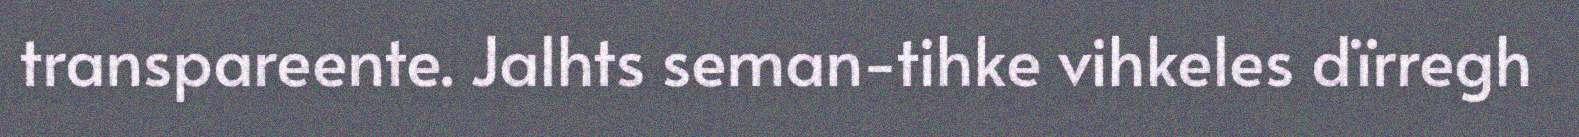
transpareente. Jalhts seman-tihke vihkeles dïrregh